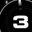
Digit: 3